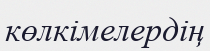
көлкімелердің